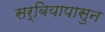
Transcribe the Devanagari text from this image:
सर्बियापासुन